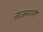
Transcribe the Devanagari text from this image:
ताजखानी